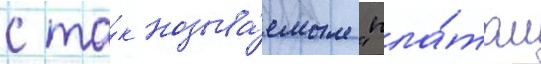
с та́к называ́емым "пла́том